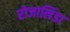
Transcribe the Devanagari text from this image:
रोजालिंडा